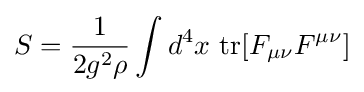
S={\frac {1}{2g^{2}\rho }}\int d^{4}x\ {\text{tr}}[F_{\mu \nu }F^{\mu \nu }]